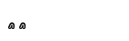
٦٣